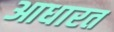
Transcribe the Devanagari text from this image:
आधारत